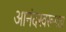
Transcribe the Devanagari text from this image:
आनंदस्वरूपता